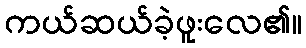
ကယ်ဆယ်ခဲ့ဖူးလေ၏။